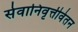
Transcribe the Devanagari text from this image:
सेवानिवृत्तीवेतन